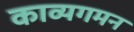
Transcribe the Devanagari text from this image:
काव्यगमन